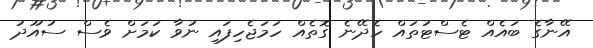
އޭނާގެ ބައެއް ޓެސްޓުތައް ހެދޭނެ ގޮތެއް ހަމަޖެހިފައި ނުވާ ކަމަށް ވެސް ސުއޫދު